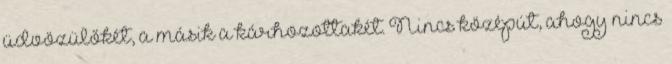
üdvözülőkét, a másik a kárhozottakét. Nincs középút, ahogy nincs